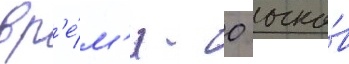
вр'е́м'я - 0 очко́в